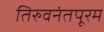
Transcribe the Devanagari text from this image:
तिरुवनंतपूरम